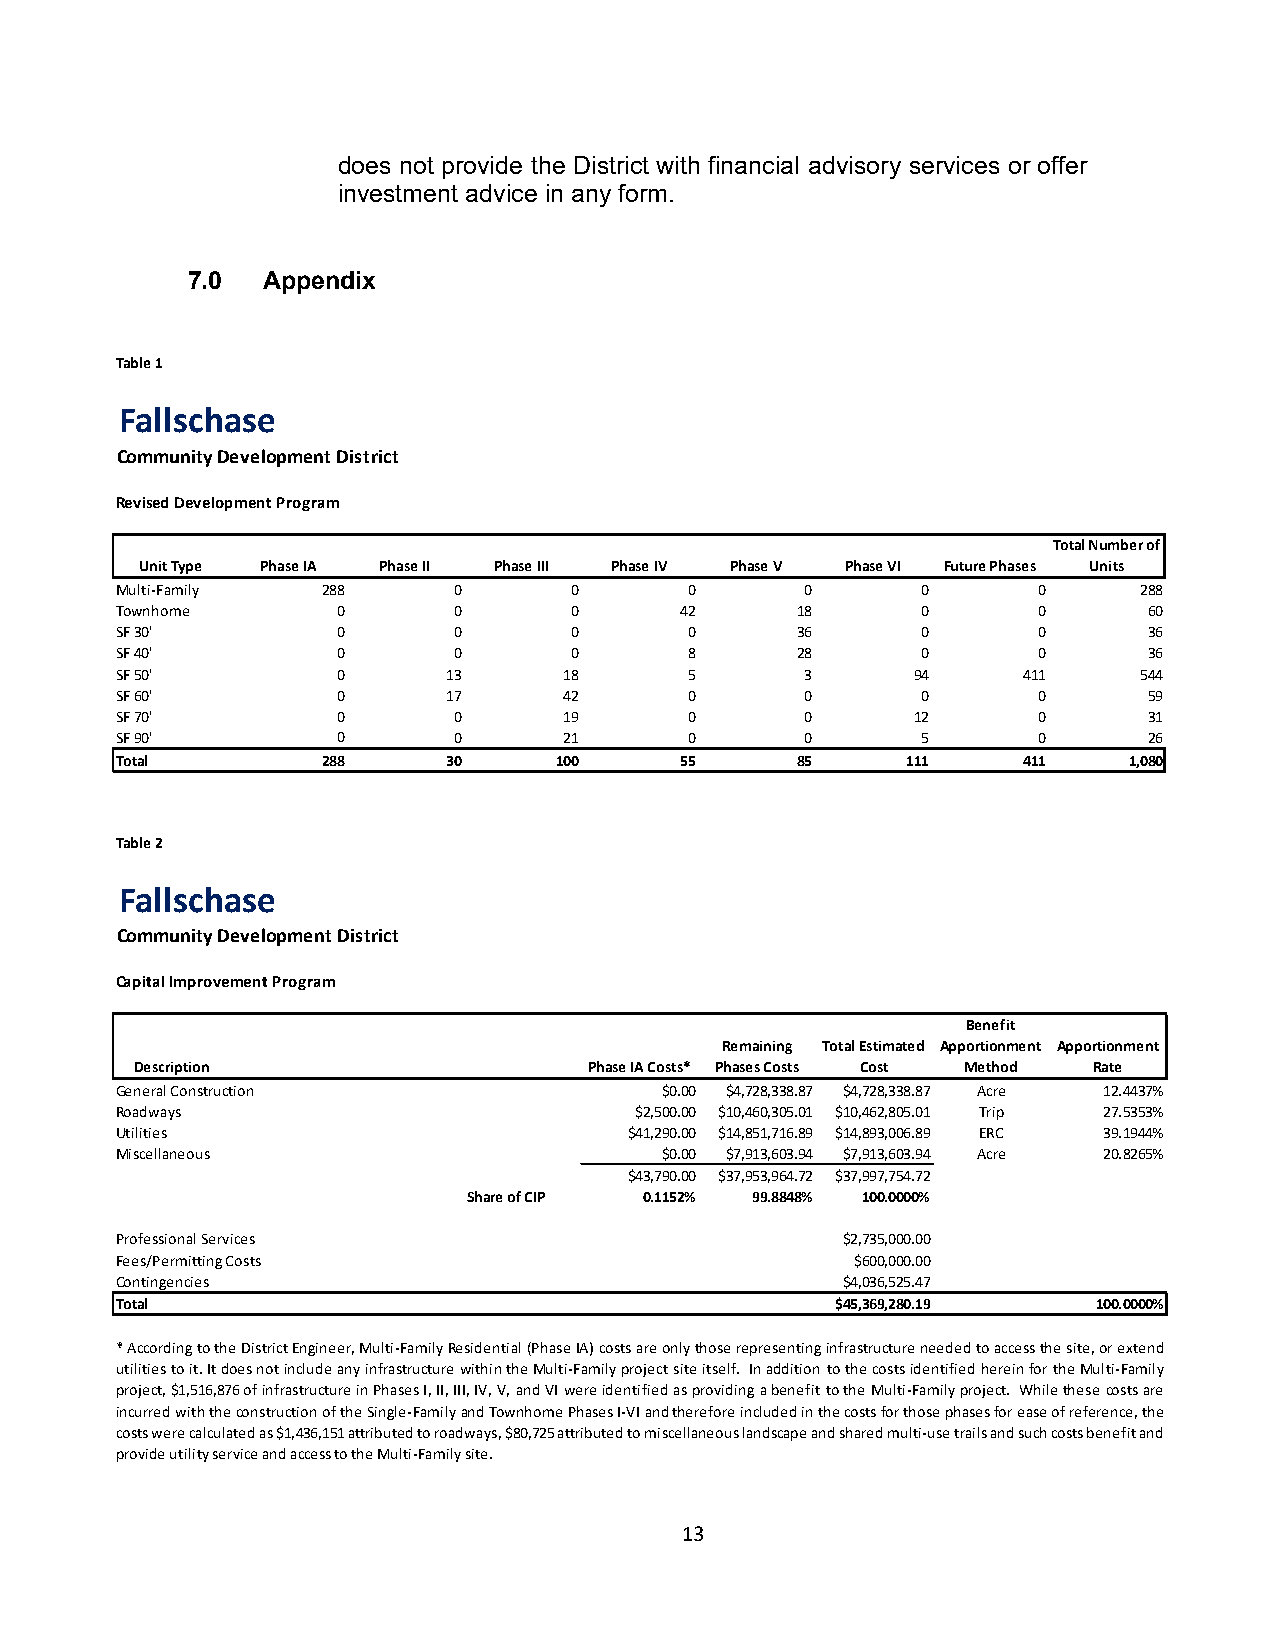
does not provide the District with financial advisory services or offer
 investment advice in any form.
 7.0  Appendix
 Table 1
 Fallschase
 Community Development District
 Revised Development Program
 Total Number of
 Unit Type Phase IA Phase II Phase III Phase IV Phase V Phase VI Future Phases Units
 Multi-Family 288      0       0       0      0       0       0     288
 Townhome      0       0       0      42      18      0       0      60
 SF 30'        0       0       0       0      36      0       0      36
 SF 40'        0       0       0       8      28      0       0      36
 SF 50'        0       13     18       5      3       94     411    544
 SF 60'        0       17     42       0      0       0       0      59
 SF 70'        0       0      19       0      0       12      0      31
 SF 90'        0       0      21       0      0       5       0      26
 Total        288      30     100     55      85     111     411    1,080
 Table 2
 Fallschase
 Community Development District
 Capital Improvement Program
 Benefit
 Remaining Total Estimated Apportionment Apportionment
 Description                   Phase IA Costs* Phases Costs Cost Method Rate
 General Construction                $0.00 $4,728,338.87 $4,728,338.87 Acre 12.4437%
 Roadways                          $2,500.00 $10,460,305.01 $10,462,805.01 Trip 27.5353%
 Utilities                         $41,290.00 $14,851,716.89 $14,893,006.89 ERC 39.1944%
 Miscellaneous                       $0.00 $7,913,603.94 $7,913,603.94 Acre 20.8265%
 $43,790.00 $37,953,964.72 $37,997,754.72
 Share of CIP 0.1152% 99.8848% 100.0000%
 Professional Services                           $2,735,000.00
 Fees/Permitting Costs                            $600,000.00
 Contingencies                                   $4,036,525.47
 Total                                          $45,369,280.19    100.0000%
 * According to the District Engineer, Multi-Family Residential (Phase IA) costs are only those representing infrastructure needed to access the site, or extend
 utilities to it. It does not include any infrastructure within the Multi-Family project site itself. In addition to the costs identified herein for the Multi-Family
 project, $1,516,876 of infrastructure in Phases I, II, III, IV, V, and VI were identified as providing a benefit to the Multi-Family project. While these costs are
 incurred with the construction of the Single-Family and Townhome Phases I-VI and therefore included in the costs for those phases for ease of reference, the
 costs were calculated as $1,436,151 attributed to roadways, $80,725 attributed to miscellaneous landscape and shared multi-use trails and such costs benefit and
 provide utility service and access to the Multi-Family site.
 13